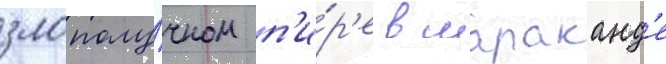
злополу́чном п'и́р'е в мараканд'е